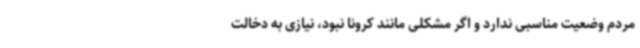
مردم وضعیت مناسبی ندارد و اگر مشکلی مانند کرونا نبود، نیازی به دخالت